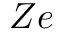
Z e